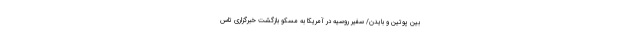
بین پوتین و بایدن/ سفیر روسیه در آمریکا به مسکو بازگشت خبرگزاری تاس